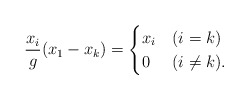
\begin{align*} \frac{x_i}{g} (x_1-x_k)=\begin{cases}x_i & (i = k)\\0 & (i \neq k).\end{cases}\end{align*}